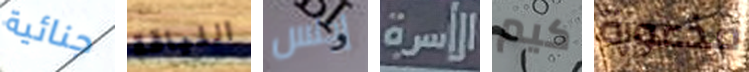
جنائية اللياقة إجلس الأسرة كيم مذعورة